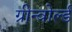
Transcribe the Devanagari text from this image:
ग्रीन्वोर्ल्ड